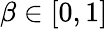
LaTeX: \beta\in\lbrack 0,1]